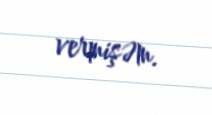
vermişəm.